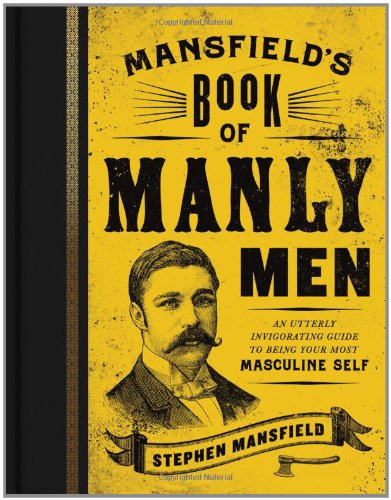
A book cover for Mansfield's Book of Manly Men: An Utterly Invigorating Guide to Being Your Most Masculine Self; Stephen Mansfield; Christian Books & Bibles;